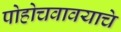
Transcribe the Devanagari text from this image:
पोहोचवावयाचे